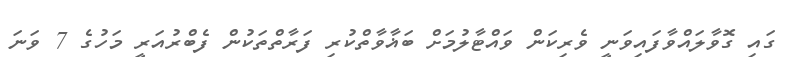
ގައި ގޮވާލައްވާފައިވަނީ ވެރިކަން ވައްޓާލުމަށް ބަޣާވާތްކުރި ފަރާތްތަކުން ފެބްރުއަރީ މަހުގެ 7 ވަނަ